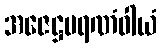
အဇေဋ္ဌမရဏံဝါယံ